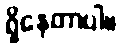
ရှိနေတာပါ။